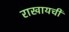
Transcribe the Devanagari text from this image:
राखायची